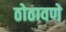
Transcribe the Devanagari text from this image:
ठोठावणे